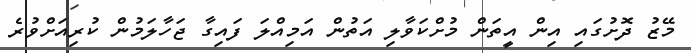
މޭޒު ދޮށުގައި އިން އީތަން މުށްކަވާލި އަތުން އަމިއްލަ ފައިގާ ޖަހާލަމުން ކުރިއަށްވުރެ